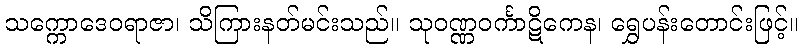
သက္ကောဒေဝရာဇာ၊ သိကြားနတ်မင်းသည်။ သုဝဏ္ဏဝင်္ကာဋိကေန၊ ရွှေပန်းတောင်းဖြင့်။